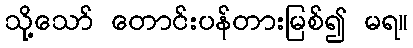
သို့သော် တောင်းပန်တားမြစ်၍ မရ။